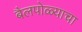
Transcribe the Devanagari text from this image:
बैलपोळ्याचा